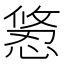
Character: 𭞂